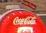
cococola